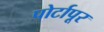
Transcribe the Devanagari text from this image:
पोर्टापूर